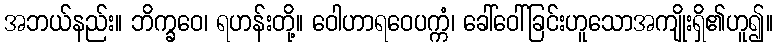
အဘယ်နည်း။ ဘိက္ခဝေ၊ ရဟန်းတို့။ ဝေါဟာရဝေပက္ကံ၊ ခေါ်ဝေါ်ခြင်းဟူသောအကျိုးရှိ၏ဟူ၍။